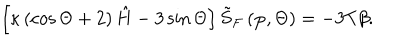
LaTeX: \left[ \kappa \left( \cos \Theta + 2 \right) \hat { H } - 3 \sin \Theta \right] \tilde { S } _ { F } \left( \mathbf { p } , \Theta \right) = - 3 T \beta .